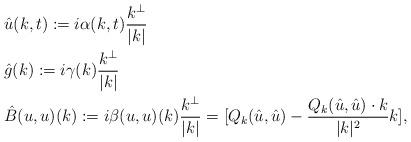
LaTeX: \begin{align*}&\hat{u}(k,t):=i\alpha(k,t)\frac{k^{\perp}}{|k|}\\&\hat{g}(k):=i\gamma(k)\frac{k^{\perp}}{|k|}\\&\hat{B}(u,u)(k):=i\beta(u,u)(k)\frac{k^{\perp}}{|k|}=[Q_k(\hat{u},\hat{u})-\frac{Q_k(\hat{u},\hat{u})\cdot k}{|k|^2}k],\end{align*}